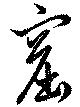
窟